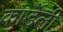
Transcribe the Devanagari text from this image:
कार्डेली